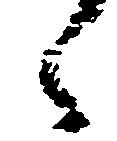
々